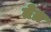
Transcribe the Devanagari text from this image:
तेग्र